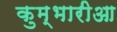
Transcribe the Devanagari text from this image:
कुम्भारीआ